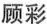
顾彩